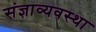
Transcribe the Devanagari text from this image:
संज्ञाव्यवस्था